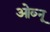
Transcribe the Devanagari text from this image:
ओब्नू